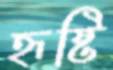
হৃষ্টি